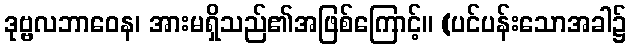
ဒုဗ္ဗလဘာဝေန၊ အားမရှိသည်၏အဖြစ်ကြောင့်။ (ပင်ပန်းသောအခါ၌